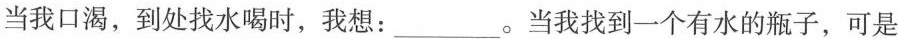
当我口渴，到处找水喝时，我想：___。当我找到一个有水的瓶子，可是